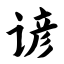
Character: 谚